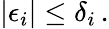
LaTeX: |\epsilon_{i}|\le\delta_{i}\, .